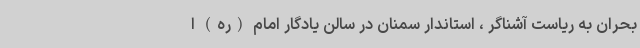
بحران به ریاست آشناگر ، استاندار سمنان در سالن یادگار امام (ره) ا